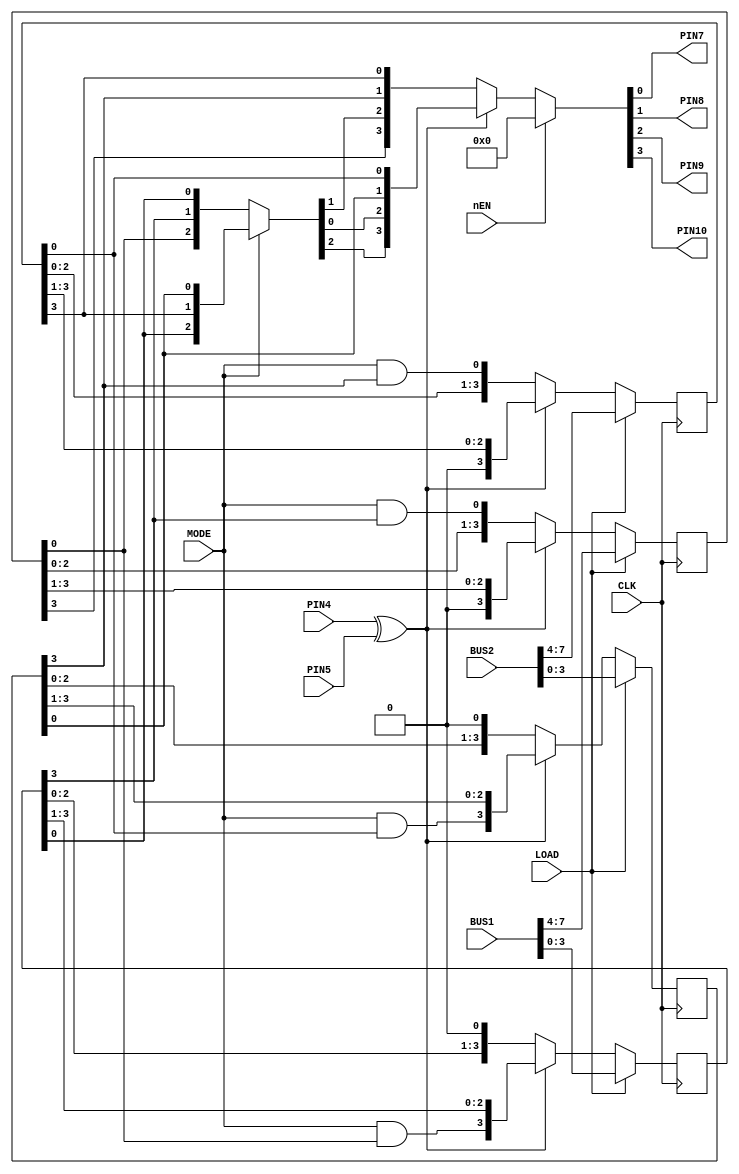
// Capcom 86S100 logic def
// Sean 'furrtek' Gonsalves 2020
// GPLV2 - See LICENSE

// Untested !
// Fits in a Altera EPM7032

module CAPCOM_86S100(
	input MODE,
	input CLK,
	input LOAD,
	input PIN4,
	input PIN5,
	input nEN,
	output PIN7, PIN8, PIN9, PIN10,
	input [7:0] BUS2,	// 11~19
	input [7:0] BUS1	// 20~27
);

reg [3:0] REG2H;	// BERNIE, BRUCE, BRADLEY, BILL
reg [3:0] REG1H;	// ELI, EVAN, ETHAN, EARL
reg [3:0] REG2L;	// DIANE, DAREN, DORIAN, DANNY
reg [3:0] REG1L;	// FELIX, FREDDY, FLORA, FRITZ
wire SEL_A, SEL_B, SEL_C;

wire HFLIP = PIN4 ^ PIN5;

always @(posedge CLK)
begin
	REG2H <= LOAD ? BUS2[7:4] : (HFLIP ? {1'b0, REG2H[3:1]} : {REG2H[2:0], MODE & REG2L[3]});
	REG2L <= LOAD ? BUS2[3:0] : (HFLIP ? {MODE & REG2H[0], REG2L[3:1]} : {REG2L[2:0], 1'b0});
	REG1H <= LOAD ? BUS1[7:4] : (HFLIP ? {1'b0, REG1H[3:1]} : {REG1H[2:0], MODE & REG1L[3]});
	REG1L <= LOAD ? BUS1[3:0] : (HFLIP ? {MODE & REG1H[0], REG1L[3:1]} : {REG1L[2:0], 1'b0});
end

assign {SEL_A, SEL_B, SEL_C} = MODE ? {REG1L[0], REG2H[3], REG2L[0]} : {REG1H[0], REG1L[3], REG1L[0]};

assign {PIN10, PIN9, PIN8, PIN7} = nEN ? 
	4'b0000 : HFLIP ?
		{SEL_A, SEL_C, REG2L[0], REG2H[0]} : {REG1H[3], SEL_B, REG2L[3], REG2H[3]};
		
endmodule